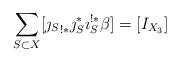
LaTeX: \begin{align*}\sum_{S \subset X} [ {\jmath_S}_{!*}\jmath_S^* \imath_S^{!*} \beta ] = [I_{X_3}]\end{align*}